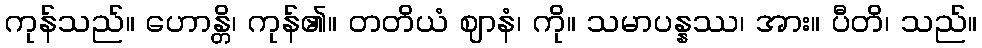
ကုန်သည်။ ဟောန္တိ၊ ကုန်၏။ တတိယံ ဈာနံ၊ ကို။ သမာပန္နဿ၊ အား။ ပီတိ၊ သည်။